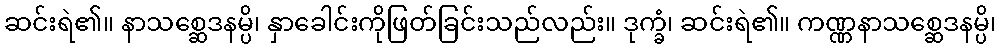
ဆင်းရဲ၏။ နာသစ္ဆေဒနမ္ပိ၊ နှာခေါင်းကိုဖြတ်ခြင်းသည်လည်း။ ဒုက္ခံ၊ ဆင်းရဲ၏။ ကဏ္ဏနာသစ္ဆေဒနမ္ပိ၊